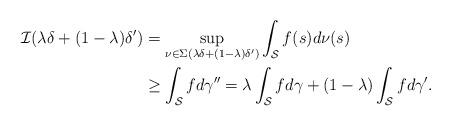
LaTeX: \begin{align*}\begin{aligned}\mathcal{I}(\lambda \delta + (1-\lambda) \delta^\prime ) & = \sup_{\nu \in \Sigma\left( \lambda \delta + (1-\lambda) \delta^\prime \right)} \int_{\mathcal{S} } f(s) d\nu(s) \\& \geq \int_{\mathcal{S} } f d \gamma^{\prime \prime} = \lambda \int_{\mathcal{S} } f d \gamma + (1-\lambda) \int_{\mathcal{S} } f d \gamma^{\prime }.\end{aligned}\end{align*}